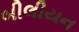
બીલીયન